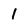
Character: 1